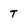
Character: T